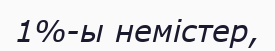
1%-ы немістер,